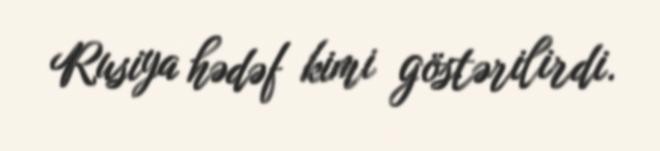
Rusiya hədəf kimi göstərilirdi.